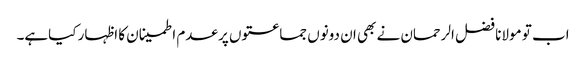
اب تو مولانا فضل الرحمان نے بھی ان دونوں جماعتوں پر عدم اطمینان کا اظہار کیاہے۔